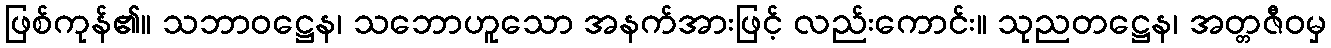
ဖြစ်ကုန်၏။ သဘာဝဋ္ဌေန၊ သဘောဟူသော အနက်အားဖြင့် လည်းကောင်း။ သုညတဋ္ဌေန၊ အတ္တဇီဝမှ